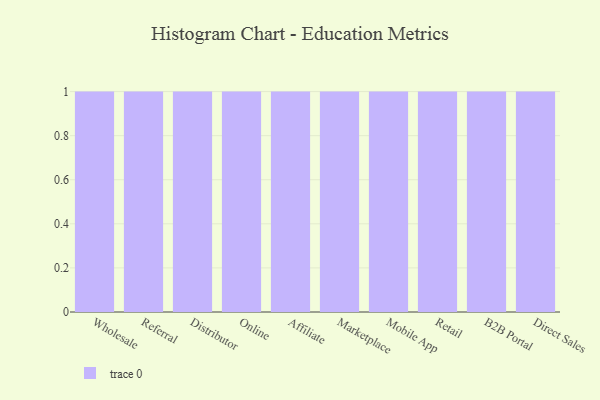
{"axis": {"x": "Channel", "y": "Energy Usage (MWh)"}, "legend": [""], "data": [{"x": "Wholesale", "y": 91, "type": ""}, {"x": "Referral", "y": 81, "type": ""}, {"x": "Distributor", "y": 28, "type": ""}, {"x": "Online", "y": 32, "type": ""}, {"x": "Affiliate", "y": 22, "type": ""}, {"x": "Marketplace", "y": 65, "type": ""}, {"x": "Mobile App", "y": 52, "type": ""}, {"x": "Retail", "y": 67, "type": ""}, {"x": "B2B Portal", "y": 58, "type": ""}, {"x": "Direct Sales", "y": 86, "type": ""}]}